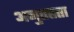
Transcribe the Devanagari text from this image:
अनुतप्तता